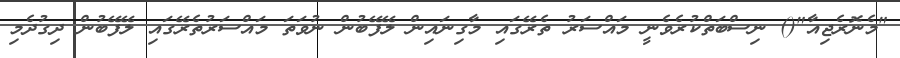
"މެނޮރެޖިއާ"() ނިސްބަތްކުރެވެނީ މައްސަރު ތެރޭގައި މާގިނައިން ލޭފޭބުން ނުވަތަ މައްސަރުތެރޭގައި ލޭފޭބުން ދިގުދެމި